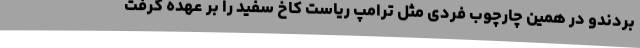
بردندو در همین چارچوب فردی مثل ترامپ ریاست کاخ سفید را بر عهده گرفت